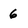
Character: 6